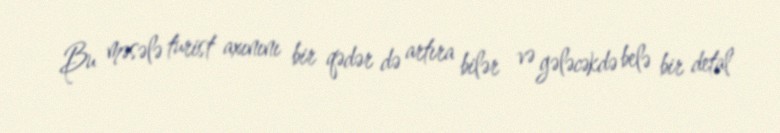
Bu məsələ turist axınını bir qədər də artıra bilər və gələcəkdə belə bir detal